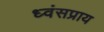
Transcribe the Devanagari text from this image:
ध्वंसप्राय